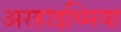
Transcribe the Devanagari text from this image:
अरहाइथ्मिया